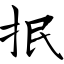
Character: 抿